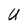
Character: U